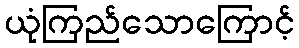
ယုံကြည်သောကြောင့်